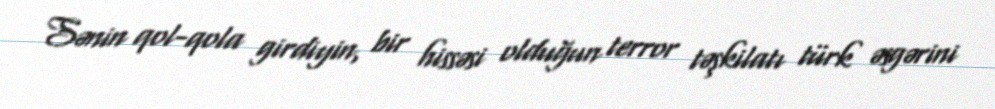
Sənin qol-qola girdiyin, bir hissəsi olduğun terror təşkilatı türk əsgərini